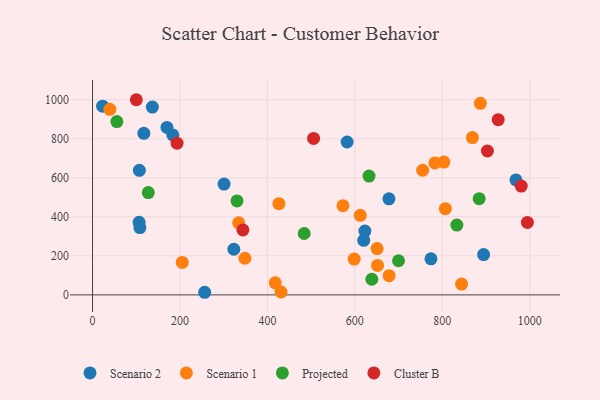
{"axis": {"x": "Ad Spend", "y": "Rating"}, "legend": ["Cluster B", "Projected", "Scenario 1", "Scenario 2"], "data": [{"x": "968.4", "y": 589.0, "type": "Scenario 2"}, {"x": "106.5", "y": 372.1, "type": "Scenario 2"}, {"x": "582.3", "y": 783.3, "type": "Scenario 2"}, {"x": "623.0", "y": 326.9, "type": "Scenario 2"}, {"x": "107.1", "y": 638.0, "type": "Scenario 2"}, {"x": "323.2", "y": 233.8, "type": "Scenario 2"}, {"x": "170.2", "y": 857.7, "type": "Scenario 2"}, {"x": "678.0", "y": 491.9, "type": "Scenario 2"}, {"x": "774.1", "y": 184.8, "type": "Scenario 2"}, {"x": "136.9", "y": 962.1, "type": "Scenario 2"}, {"x": "23.1", "y": 966.7, "type": "Scenario 2"}, {"x": "117.4", "y": 827.8, "type": "Scenario 2"}, {"x": "300.8", "y": 567.9, "type": "Scenario 2"}, {"x": "108.3", "y": 344.9, "type": "Scenario 2"}, {"x": "256.5", "y": 13.4, "type": "Scenario 2"}, {"x": "894.5", "y": 206.3, "type": "Scenario 2"}, {"x": "620.3", "y": 279.6, "type": "Scenario 2"}, {"x": "183.6", "y": 819.6, "type": "Scenario 2"}, {"x": "426.3", "y": 467.1, "type": "Scenario 1"}, {"x": "417.9", "y": 62.0, "type": "Scenario 1"}, {"x": "887.1", "y": 981.6, "type": "Scenario 1"}, {"x": "803.5", "y": 680.6, "type": "Scenario 1"}, {"x": "755.0", "y": 638.4, "type": "Scenario 1"}, {"x": "334.3", "y": 369.1, "type": "Scenario 1"}, {"x": "431.2", "y": 14.7, "type": "Scenario 1"}, {"x": "650.9", "y": 237.1, "type": "Scenario 1"}, {"x": "612.4", "y": 407.8, "type": "Scenario 1"}, {"x": "807.0", "y": 441.7, "type": "Scenario 1"}, {"x": "678.3", "y": 98.2, "type": "Scenario 1"}, {"x": "868.9", "y": 806.1, "type": "Scenario 1"}, {"x": "844.1", "y": 55.5, "type": "Scenario 1"}, {"x": "572.8", "y": 456.6, "type": "Scenario 1"}, {"x": "205.3", "y": 166.3, "type": "Scenario 1"}, {"x": "651.9", "y": 150.9, "type": "Scenario 1"}, {"x": "348.5", "y": 187.7, "type": "Scenario 1"}, {"x": "598.5", "y": 183.6, "type": "Scenario 1"}, {"x": "783.1", "y": 676.1, "type": "Scenario 1"}, {"x": "39.6", "y": 950.8, "type": "Scenario 1"}, {"x": "127.5", "y": 524.1, "type": "Projected"}, {"x": "699.9", "y": 174.9, "type": "Projected"}, {"x": "55.7", "y": 887.9, "type": "Projected"}, {"x": "638.8", "y": 80.2, "type": "Projected"}, {"x": "884.3", "y": 493.0, "type": "Projected"}, {"x": "632.4", "y": 608.8, "type": "Projected"}, {"x": "484.1", "y": 314.4, "type": "Projected"}, {"x": "833.3", "y": 357.8, "type": "Projected"}, {"x": "330.5", "y": 481.4, "type": "Projected"}, {"x": "505.6", "y": 801.6, "type": "Cluster B"}, {"x": "193.3", "y": 777.4, "type": "Cluster B"}, {"x": "927.9", "y": 897.6, "type": "Cluster B"}, {"x": "343.9", "y": 333.0, "type": "Cluster B"}, {"x": "980.6", "y": 557.5, "type": "Cluster B"}, {"x": "903.2", "y": 737.2, "type": "Cluster B"}, {"x": "100.2", "y": 999.8, "type": "Cluster B"}, {"x": "994.6", "y": 371.4, "type": "Cluster B"}]}